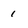
Character: 1